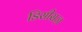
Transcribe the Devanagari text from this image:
डिसीसज़